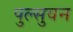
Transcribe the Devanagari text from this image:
पुल्सुवन